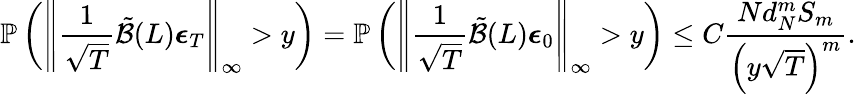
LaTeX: \mathbb{P}\left(\left\lVert\frac{1}{\sqrt{T}}\tilde{\mathcal{B}}(L)\boldsymbol{\epsilon}_{T}\right\rVert_{\infty}>y\right)=\mathbb{P}\left(\left\lVert\frac{1}{\sqrt{T}}\tilde{\mathcal{B}}(L)\boldsymbol{\epsilon}_{0}\right\rVert_{\infty}>y\right)\leq C\frac{Nd_{N}^{m}S_{m}}{\left(y\sqrt{T}\right)^{m}}.